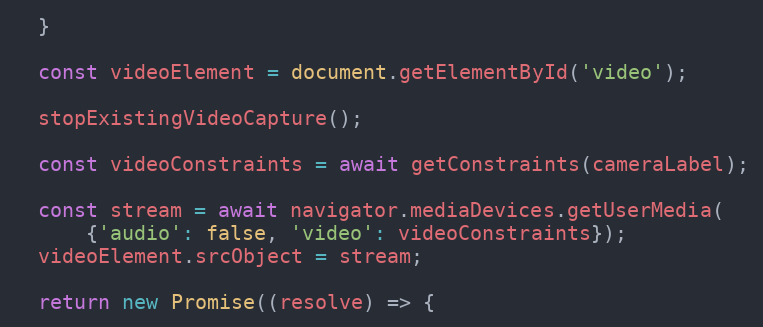
Language: JavaScript
  }

  const videoElement = document.getElementById('video');

  stopExistingVideoCapture();

  const videoConstraints = await getConstraints(cameraLabel);

  const stream = await navigator.mediaDevices.getUserMedia(
      {'audio': false, 'video': videoConstraints});
  videoElement.srcObject = stream;

  return new Promise((resolve) => {